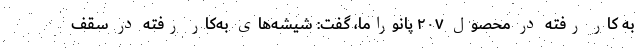
به کار رفته در محصول ۲۰۷ پانوراما، گفت: شیشه‌های به‌کار رفته در سقف